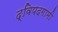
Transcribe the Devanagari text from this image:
द्विपदगामी